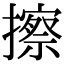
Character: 擦